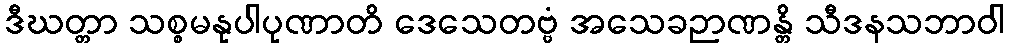
ဒီဃတ္တာ သစ္စမနုပါပုဏာတိ ဒေသေတဗ္ဗံ အသေခဉာဏန္တိ သီဒနသဘာဝါ